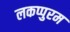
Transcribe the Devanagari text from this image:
लकप्पुरम